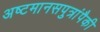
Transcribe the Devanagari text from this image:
अष्टमानसपुत्रांपैकी